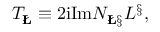
T _ { { \bf \L } } \equiv 2 \mathrm { i } \mathrm { I m } { \cal N } _ { { \bf \L } { \bf \S } } L ^ { { \bf \S } } ,